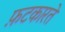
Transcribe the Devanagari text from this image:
फ़टकारते